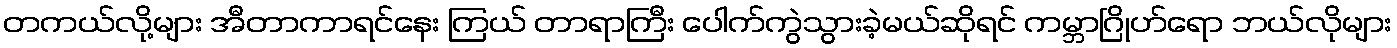
တကယ်လို့များ အီတာကာရင်နေး ကြယ် တာရာကြီး ပေါက်ကွဲသွားခဲ့မယ်ဆိုရင် ကမ္ဘာဂြိုဟ်ရော ဘယ်လိုများ